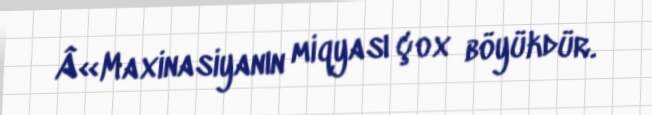
Â«Maxinasiyanın miqyası çox böyükdür.